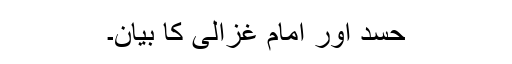
حسد اور امام غزالیؒ کا بیان۔